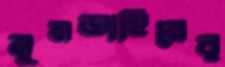
মুমতাহিনের